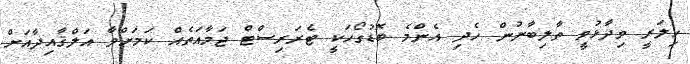
ހިލަރީ ވިދާޅުވީ ތާލިބާނުން ހެދި އެންމެ ބޮޑުގޯހަކީ ޓެރަރިސްޓް ޖަމާއަތެއް ކަމަށްވާ އަލްޤާއިދާއަށް